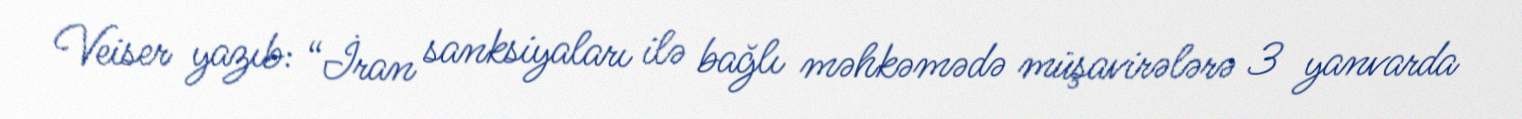
Veiser yazıb: “İran sanksiyaları ilə bağlı məhkəmədə müşavirələrə 3 yanvarda